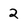
Character: 2